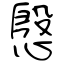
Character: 慇